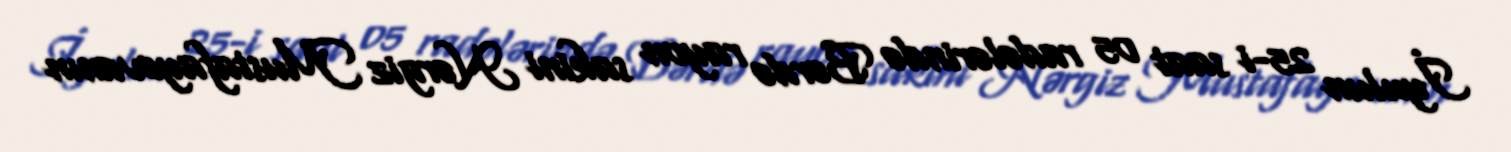
İyulun 25-i saat 05 radələrində Bərdə rayon sakini Nərgiz Mustafayevanın